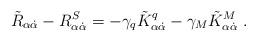
LaTeX: \begin{align*}\tilde R_{\alpha \dot{\alpha}} - R^S_{\alpha \dot{\alpha}} = -\gamma_q\tilde{K}_{\alpha\dot{\alpha}}^q - \gamma_M\tilde{K}_{\alpha\dot{\alpha}}^M \;.\end{align*}